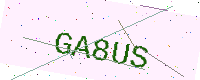
Text: GA8US